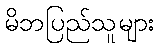
မိဘပြည်သူများ